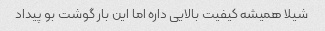
شیلا همیشه کیفیت بالایی داره اما این بار گوشت بو پیداد